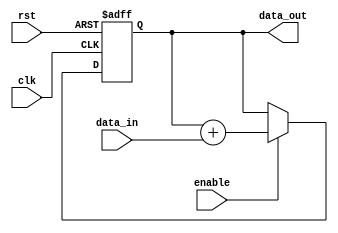
module accumulator(
    input wire clk,
    input wire rst,
    input wire enable,
    input wire [15:0] data_in,
    output reg [15:0] data_out
);

reg [15:0] accum_value;

always @(posedge clk or posedge rst) begin
    if (rst) begin
        accum_value <= 16'h0000;
    end else begin
        if (enable) begin
            accum_value <= accum_value + data_in;
        end
    end
end

assign data_out = accum_value;

endmodule